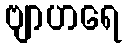
ဗျာဟရေ